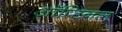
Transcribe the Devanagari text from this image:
ऑप्टिनल